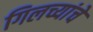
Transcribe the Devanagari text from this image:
गिलच्यांचे